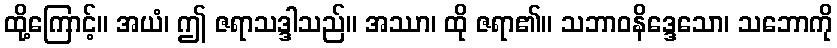
ထို့ကြောင့်။ အယံ၊ ဤ ဇရာသဒ္ဒါသည်။ အဿာ၊ ထို ဇရာ၏။ သဘာဝနိဒ္ဒေသော၊ သဘောကို